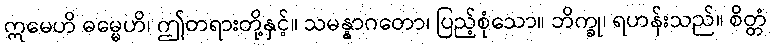
ဣမေဟိ ဓမ္မေဟိ၊ ဤတရားတို့နှင့်။ သမန္နာဂတော၊ ပြည့်စုံသော။ ဘိက္ခု၊ ရဟန်းသည်။ စိတ္တံ